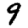
Digit: 9